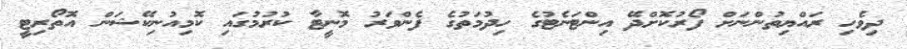
ދިވެހި ރައްޔިތުންނަށް ފޯރުކޮށްދޭ އިންޓަނެޓުގެ ހިދުމަތުގެ ފެންވަރު މޮނީޓާ ކުރުމުގައި ކޮމިއުނިކޭޝަން އޮތޯރިޓީ